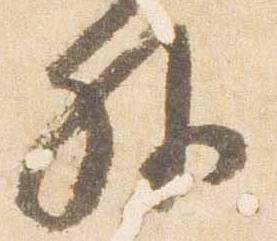
外